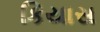
કિયાસ